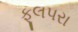
ફૂલપરા